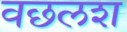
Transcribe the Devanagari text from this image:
वछलश